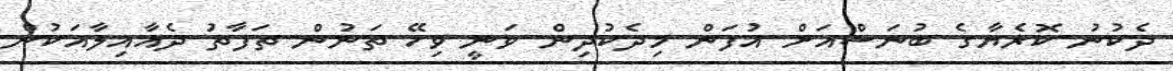
ދެކުނު ކޮރެޔާގެ ބުނަސްއަށް އުފަން މިދެކުދިން ވަނީ ވިހޭ ތަނުން ތަފާތު ދެއާއިލާއަކުން